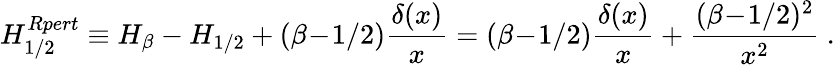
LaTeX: H_{1/2}^{Rpert}\equiv H_{\beta}-H_{1/2}+(\beta\! -\! 1/2){\frac{\delta(x)}{x}}=(\beta\! -\! 1/2){\frac{\delta(x)}{x}}+{\frac{(\beta\! -\! 1/2)^{2}}{x^{2}}}~.